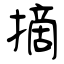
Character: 摘